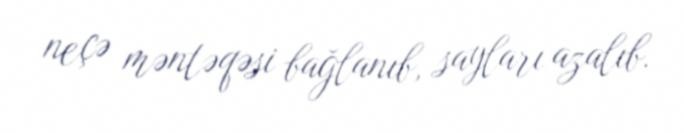
neçə məntəqəsi bağlanıb, sayları azalıb.